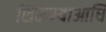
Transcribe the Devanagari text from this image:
शिकण्याआधि